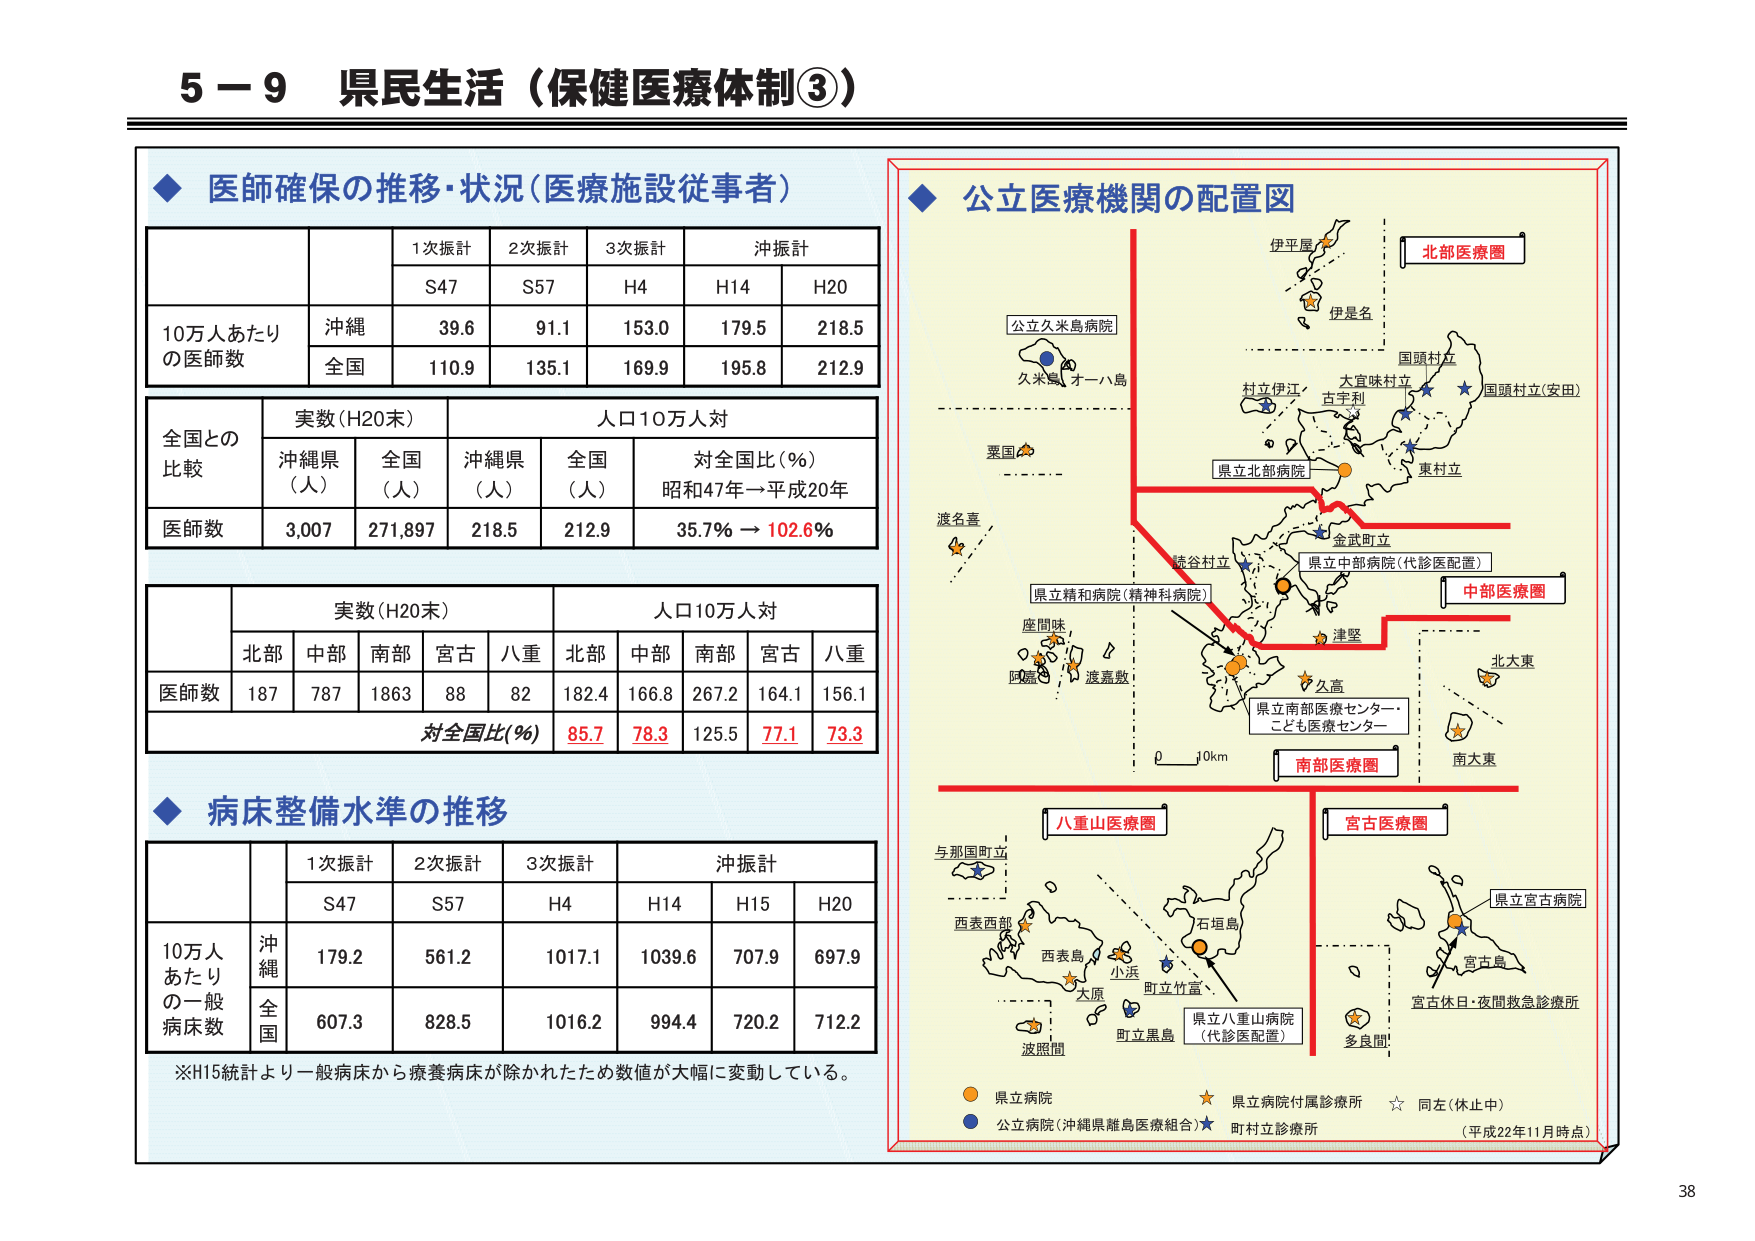
5－9 県民生活（保健医療体制③）

◆ 医師確保の推移・状況（医療施設従事者）

1次振計　2次振計　3次振計　沖振計
S47　S57　H4　H14　H20

10万人あたり
の医師数
沖縄　39.6　91.1　153.0　179.5　218.5
全国　110.9　135.1　169.9　195.8　212.9

全国との
比較
実数（H20末）　人口10万人対
沖縄県（人）　全国（人）　沖縄県（人）　全国（人）　対全国比（％）
医師数　3,007　271,897　218.5　212.9　35.7％ → 102.6％

実数（H20末）　人口10万人対
北部　中部　南部　宮古　八重　北部　中部　南部　宮古　八重
医師数　187　787　1863　88　82　182.4　166.8　267.2　164.1　156.1
対全国比（％）　85.7　78.3　125.5　77.1　73.3

◆ 病床整備水準の推移

1次振計　2次振計　3次振計　沖振計
S47　S57　H4　H14　H15　H20

10万人
あたり
の一般
病床数
沖縄　179.2　561.2　1017.1　1039.6　707.9　697.9
全国　607.3　828.5　1016.2　994.4　720.2　712.2

※H15統計より一般病床から療養病床が除かれたため数値が大幅に変動している。

◆ 公立医療機関の配置図

北部医療圏
伊平屋
伊是名
国頭村立
国頭村立（安田）
村立伊江
大宜味村立
古宇利
東村立
県立北部病院
金武町立
読谷村立
県立中部病院（代診医配置）
中部医療圏
津堅
久高
県立南部医療センター・
こども医療センター
南部医療圏
北大東
南大東
八重山医療圏
与那国町立
西表西部
西表島
小浜
大原
波照間
町立竹富
町立黒島
石垣島
県立八重山病院
（代診医配置）
宮古医療圏
県立宮古病院
宮古島
宮古休日・夜間救急診療所
多良間

県立病院
公立病院（沖縄県離島医療組合）
県立病院付属診療所
町村立診療所
同左（休止中）

（平成22年11月時点）

38